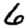
Digit: 6